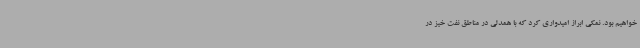
خواهیم بود. نمکی ابراز امیدواری کرد که با همدلی در مناطق نفت خیز در